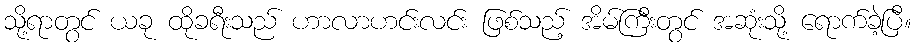
သို့ရာတွင် ယခု ထိုခရီးသည် ဟာလာဟင်းလင်း ဖြစ်သည့် အိမ်ကြီးတွင် အဆုံးသို့ ရောက်ခဲ့ပြီ။